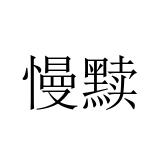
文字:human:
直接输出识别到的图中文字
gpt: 慢黩